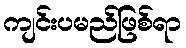
ကျင်းပမည်ဖြစ်ရာ